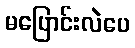
မပြောင်းလဲပေ